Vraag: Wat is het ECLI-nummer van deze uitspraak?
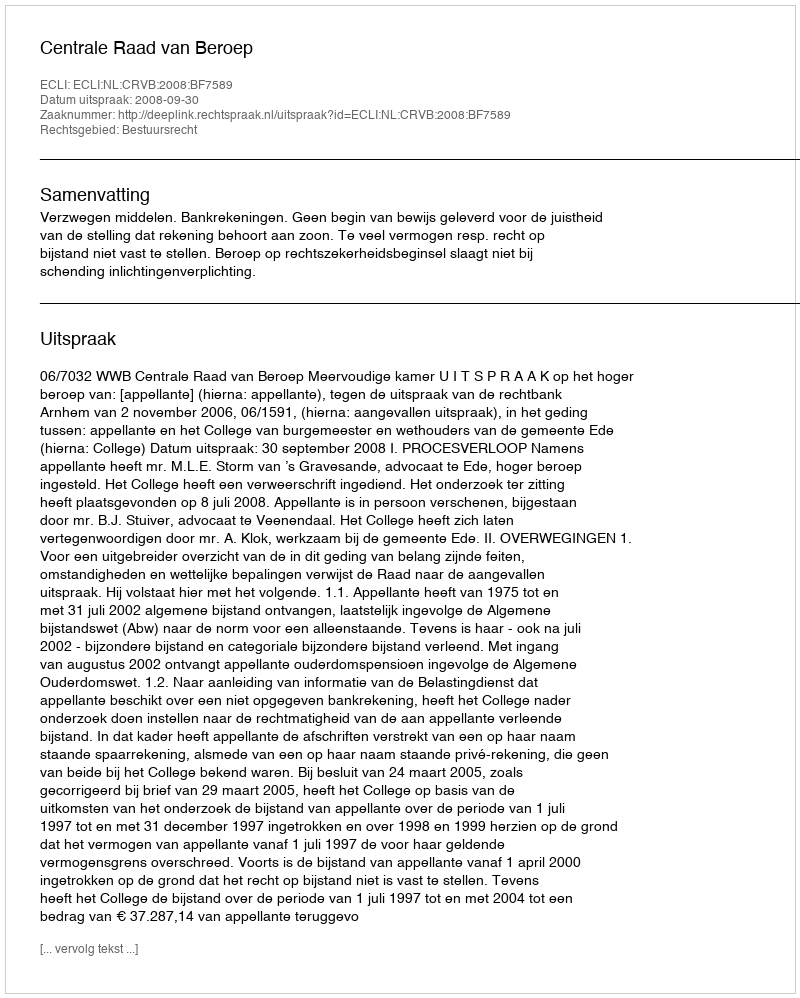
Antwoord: ECLI:NL:CRVB:2008:BF7589